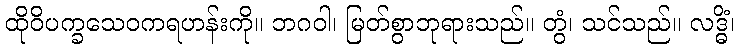
ထိုဝိပက္ခသေဝကရဟန်းကို။ ဘဂဝါ၊ မြတ်စွာဘုရားသည်။ တွံ၊ သင်သည်။ လဒ္ဓိံ၊